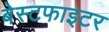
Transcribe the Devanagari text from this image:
बेस्टफाइटर